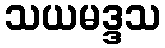
သယမဒ္ဒသ